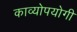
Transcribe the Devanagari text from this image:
काव्योपयोगी